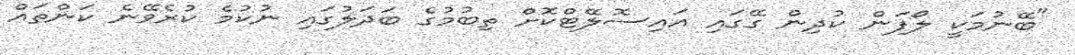
"ބޭނުމަކީ ލޯފަން ކުދިން ގޭގައި އައިސޮލޭޓްކޮށް ތިބުމުގެ ބަދަލުގައި ނުކުމެ ކުރެވޭނެ ކަންތައް